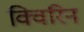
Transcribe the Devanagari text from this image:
क्विरिन